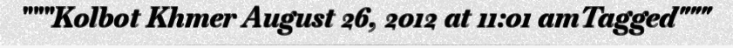
"""Kolbot Khmer August 26, 2012 at 11:01 amTagged"""